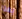
بهذا